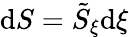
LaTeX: \mathrm{d}S=\tilde{S}_{\xi}\mathrm{d}\xi